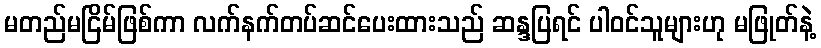
မတည်မငြိမ်ဖြစ်ကာ လက်နက်တပ်ဆင်ပေးထားသည် ဆန္ဒပြရင် ပါဝင်သူများဟု မဖြုတ်နဲ့